Annual vaccination report of Bihar and Orissa - 1911-1928
Year: 1911
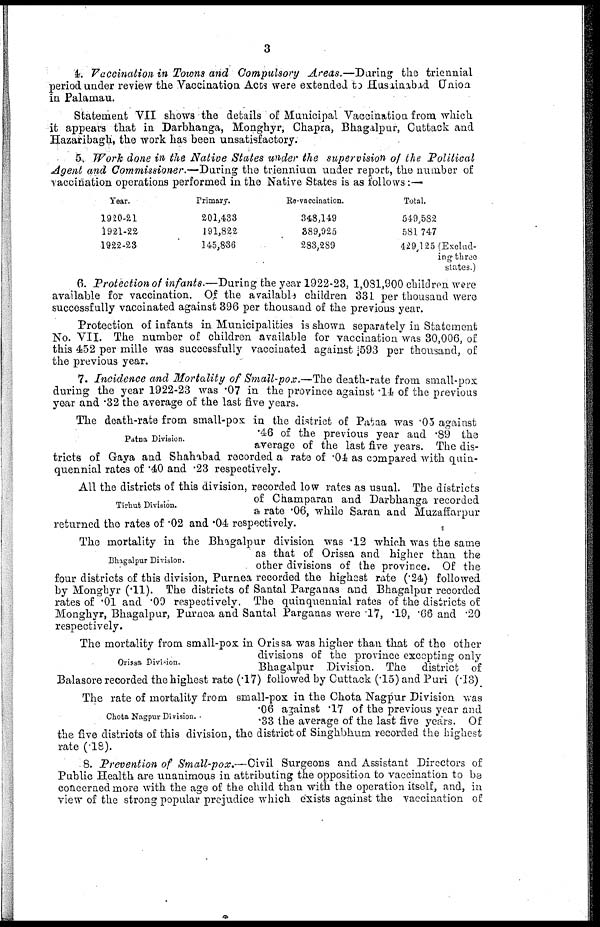
3
4.Vaccination in Towns and Compulsory Areas.—During the triennial
period under review the Vaccination Acts were extended to Husainabad Union
in Palamau.
Statement VII shows the details of Municipal Vaccination from which
it appears that in Darbhanga, Monghyr, Chapra, Bhagalpur, Cuttack and
Hazaribagh, the work has been unsatisfactory.
5. Work done in the Native States under the supervision of the Political
Agent and Commissioner.—During the triennium under report, the number of
vaccination operations performed in the Native States is as follows:—
Year.
1920-21
1921-22
1922-23
Primary.
201,433
191,822
145,836
Re-vaccination.
348,149
389,925
283,289
Total.
549,582
581,747
429,125 (Exclud-
ing three
states.)
6. Protection of infants.—During the year 1922-23, 1,081,900 children were
available for vaccination. Of the available children 331 per thousand were
successfully vaccinated against 396 per thousand of the previous year.
Protection of infants in Municipalities is shown separately in Statement
No. VII. The number of children available for vaccination was 30,006, of
this 452 per mille was successfully vaccinated against 593 per thousand, of
the previous year.
7. Incidence and Mortality of Small-pox.—The death-rate from small-pox
during the year 1922-23 was .07 in the province against .14 of the previous
year and .32 the average of the last five years.
Patna Division.
The death-rate from small-pox in the district of Patna was .05 against
.46 of the previous year and .89 the
average of the last five years. The dis-
tricts of Gaya and Shahabad recorded a rate of .04 as compared with quin-
quennial rates of .40 and .23 respectively.
Tirhut Division.
All the districts of this division, recorded low rates as usual. The districts
of Champaran and Darbhanga recorded
a rate .06, while Saran and Muzaffarpur
returned the rates of .02 and .04 respectively.
Bhagalpur Division.
The mortality in the Bhagalpur division was .12 which was the same
as that of Orissa and higher than the
other divisions of the province. Of the
four districts of this division, Purnea recorded the highest rate (.24) followed
by Monghyr (.11). The districts of Santal Parganas and Bhagalpur recorded
rates of .01 and .09 respectively. The quinquennial rates of the districts of
Monghyr, Bhagalpur, Purnea and Santal Parganas were .17, .19, .66 and .20
respectively.
Orissa Division.
The mortality from small-pox in Orissa was higher than that of the other
divisions of the province excepting only
Bhagalpur Division. The district of
Balasore recorded the highest rate (.17) followed by Cuttack (.15) and Puri (.13)
Chota Nagpur Division.
The rate of mortality from small-pox in the Chota Nagpur Division was
.06 against .17 of the previous year and
.33 the average of the last five years. Of
the five districts of this division, the district of Singhbhum recorded the highest
rate (.18).
8. Prevention of Small-pox.—Civil Surgeons and Assistant Directors of
Public Health are unanimous in attributing the opposition to vaccination to be
concerned more with the age of the child than with the operation itself, and, in
view of the strong popular prejudice which exists against the vaccination of